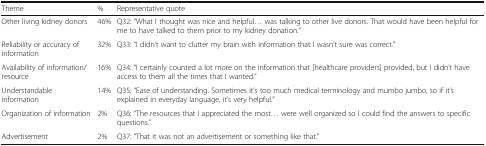
<table><thead><tr><td><b>Theme</b></td><td><b>%</b></td><td><b>Representative quote</b></td></tr></thead><tbody><tr><td>Other living kidney donors</td><td>46%</td><td>Q32: “What I thought was nice and helpful... was talking to other live donors. That would have been helpful for me to have talked to them prior to my kidney donation.”</td></tr><tr><td>Reliability or accuracy of information</td><td>32%</td><td>Q33: “I didn’t want to clutter my brain with information that I wasn’t sure was correct.”</td></tr><tr><td>Availability of information/resource</td><td>16%</td><td>Q34: “I certainly counted a lot more on the information that [healthcare providers] provided, but I didn’t have access to them all the times that I wanted.”</td></tr><tr><td>Understandable information</td><td>14%</td><td>Q35: “Ease of understanding. Sometimes it’s too much medical terminology and mumbo jumbo, so if it’s explained in everyday language, it’s very helpful.”</td></tr><tr><td>Organization of information</td><td>2%</td><td>Q36: “The resources that I appreciated the most... were well organized so I could find the answers to specific questions.”</td></tr><tr><td>Advertisement</td><td>2%</td><td>Q37: “That it was not an advertisement or something like that.”</td></tr></tbody></table>